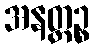
အနတ္ထဉ္စ